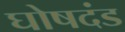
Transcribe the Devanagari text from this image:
घोषदंड